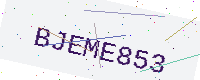
Text: BJEME853